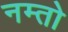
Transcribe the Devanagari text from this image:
नम्तो